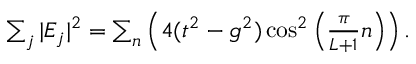
\begin{array} { r } { \sum _ { j } | E _ { j } | ^ { 2 } = \sum _ { n } \left( 4 ( t ^ { 2 } - g ^ { 2 } ) \cos ^ { 2 } \left( \frac { \pi } { L + 1 } n \right) \right) . } \end{array}